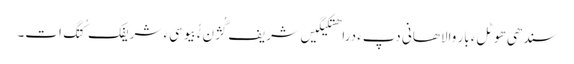
سندھی ھوٹلءِ بار والاھانی دپءَ دراھتکیگیں شریف گُژنءُُ بیوسیءَ شریفک کُتگ اَت۔